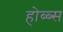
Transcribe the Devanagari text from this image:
होब्ब्स